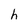
Character: h